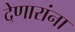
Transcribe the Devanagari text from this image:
देणारांना